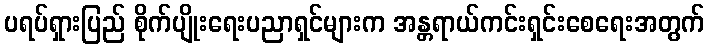
ပရပ်ရှားပြည် စိုက်ပျိုးရေးပညာရှင်များက အန္တရာယ်ကင်းရှင်းစေရေးအတွက်